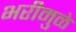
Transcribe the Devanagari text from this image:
भरीमुळे